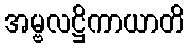
အမ္ဗလဋ္ဌိကာယာတိ